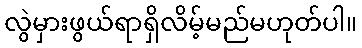
လွဲမှားဖွယ်ရာရှိလိမ့်မည်မဟုတ်ပါ။